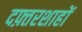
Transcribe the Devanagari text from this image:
दफ़्तरशाहों